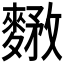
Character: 𪍘